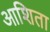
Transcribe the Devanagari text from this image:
आशिता